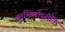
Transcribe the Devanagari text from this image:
शान्तिमाप्नोति